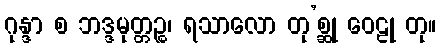
ဂုန္ဒာ စ ဘဒ္ဒမုတ္တဉ္စ၊ ရသာလော တု’စ္ဆု ဝေဠု တု။